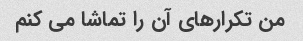
من تکرارهای آن را تماشا می کنم